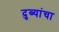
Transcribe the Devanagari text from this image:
दुब्यांचा